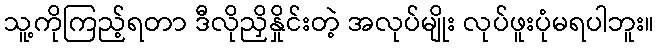
သူ့ကိုကြည့်ရတာ ဒီလိုညှိနှိုင်းတဲ့ အလုပ်မျိုး လုပ်ဖူးပုံမရပါဘူး။